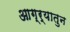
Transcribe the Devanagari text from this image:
आग्र्यातुन